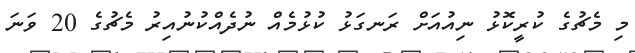
މި މެޗުގެ ކުރީކޮޅު ނިއުއަށް ރަނގަޅު ކުޅުމެއް ނުދެއްކުނުއިރު މެޗުގެ 20 ވަނަ